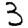
Digit: 3